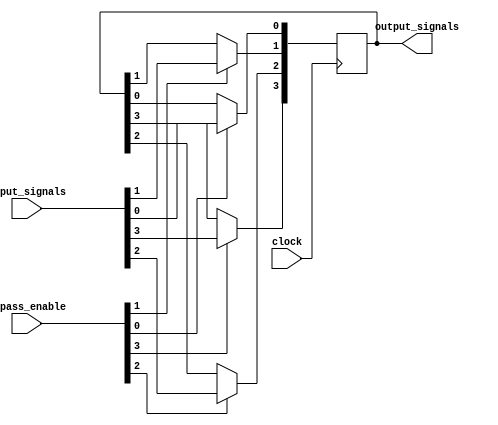
module bypass_register (
    input wire [3:0] input_signals,
    input wire [3:0] bypass_enable,
    input wire clock,
    output reg [3:0] output_signals
);

reg [3:0] register_data;

always @ (posedge clock) begin
    if (bypass_enable[0] == 1'b1) begin
        register_data[0] <= input_signals[0];
    end
    if (bypass_enable[1] == 1'b1) begin
        register_data[1] <= input_signals[1];
    end
    if (bypass_enable[2] == 1'b1) begin
        register_data[2] <= input_signals[2];
    end
    if (bypass_enable[3] == 1'b1) begin
        register_data[3] <= input_signals[3];
    end
end

assign output_signals = register_data;

endmodule